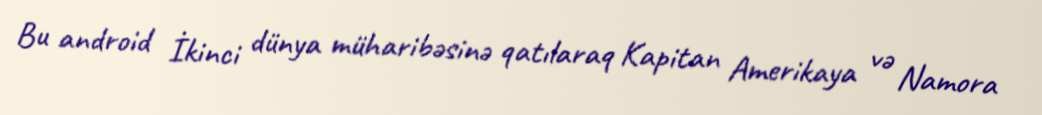
Bu android İkinci dünya müharibəsinə qatılaraq Kapitan Amerikaya və Namora